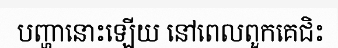
បញ្ហានោះឡើយ នៅពេលពួកគេជិះ